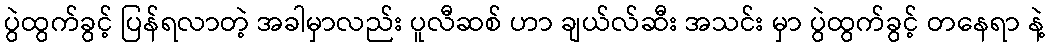
ပွဲထွက်ခွင့် ပြန်ရလာတဲ့ အခါမှာလည်း ပူလီဆစ် ဟာ ချယ်လ်ဆီး အသင်း မှာ ပွဲထွက်ခွင့် တနေရာ နဲ့